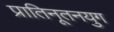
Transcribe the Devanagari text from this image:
प्रातिनूतनयुग